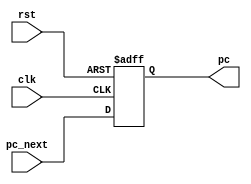
module pc_count #(parameter WIDTH = 32) (
    input wire clk,
    input wire rst,
    input wire [WIDTH-1:0] pc_next,
    output reg [WIDTH-1:0] pc
);
always @(posedge clk or negedge rst) begin
    if(!rst) begin
        pc <= 'b0;
    end
    else begin
        pc <= pc_next;
    end
end
endmodule